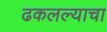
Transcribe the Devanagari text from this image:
ढकलल्याचा